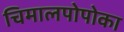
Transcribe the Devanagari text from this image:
चिमालपोपोका